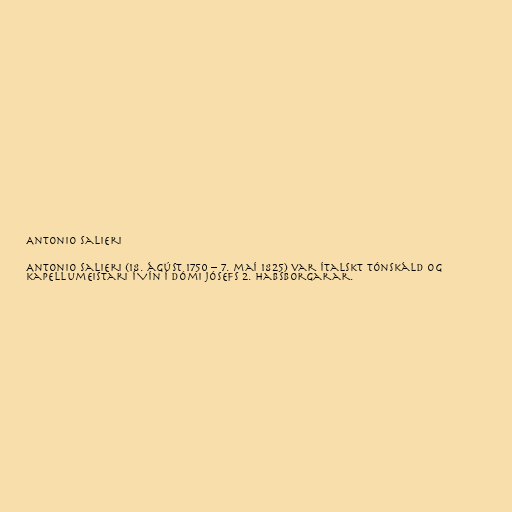
Antonio Salieri

Antonio Salieri (18. ágúst 1750 – 7. maí 1825) var ítalskt tónskáld og
kapellumeistari í Vín í dómi Jósefs 2. Habsborgarar.